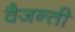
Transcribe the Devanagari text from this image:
वैजन्ती